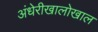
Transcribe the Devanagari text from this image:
अंधेरीखालोखाल